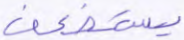
يستضعف